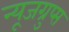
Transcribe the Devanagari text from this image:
न्यूजग्रुप्स